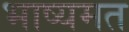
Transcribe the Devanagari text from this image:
भाष्यमत